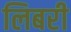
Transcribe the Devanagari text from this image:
लिबरी